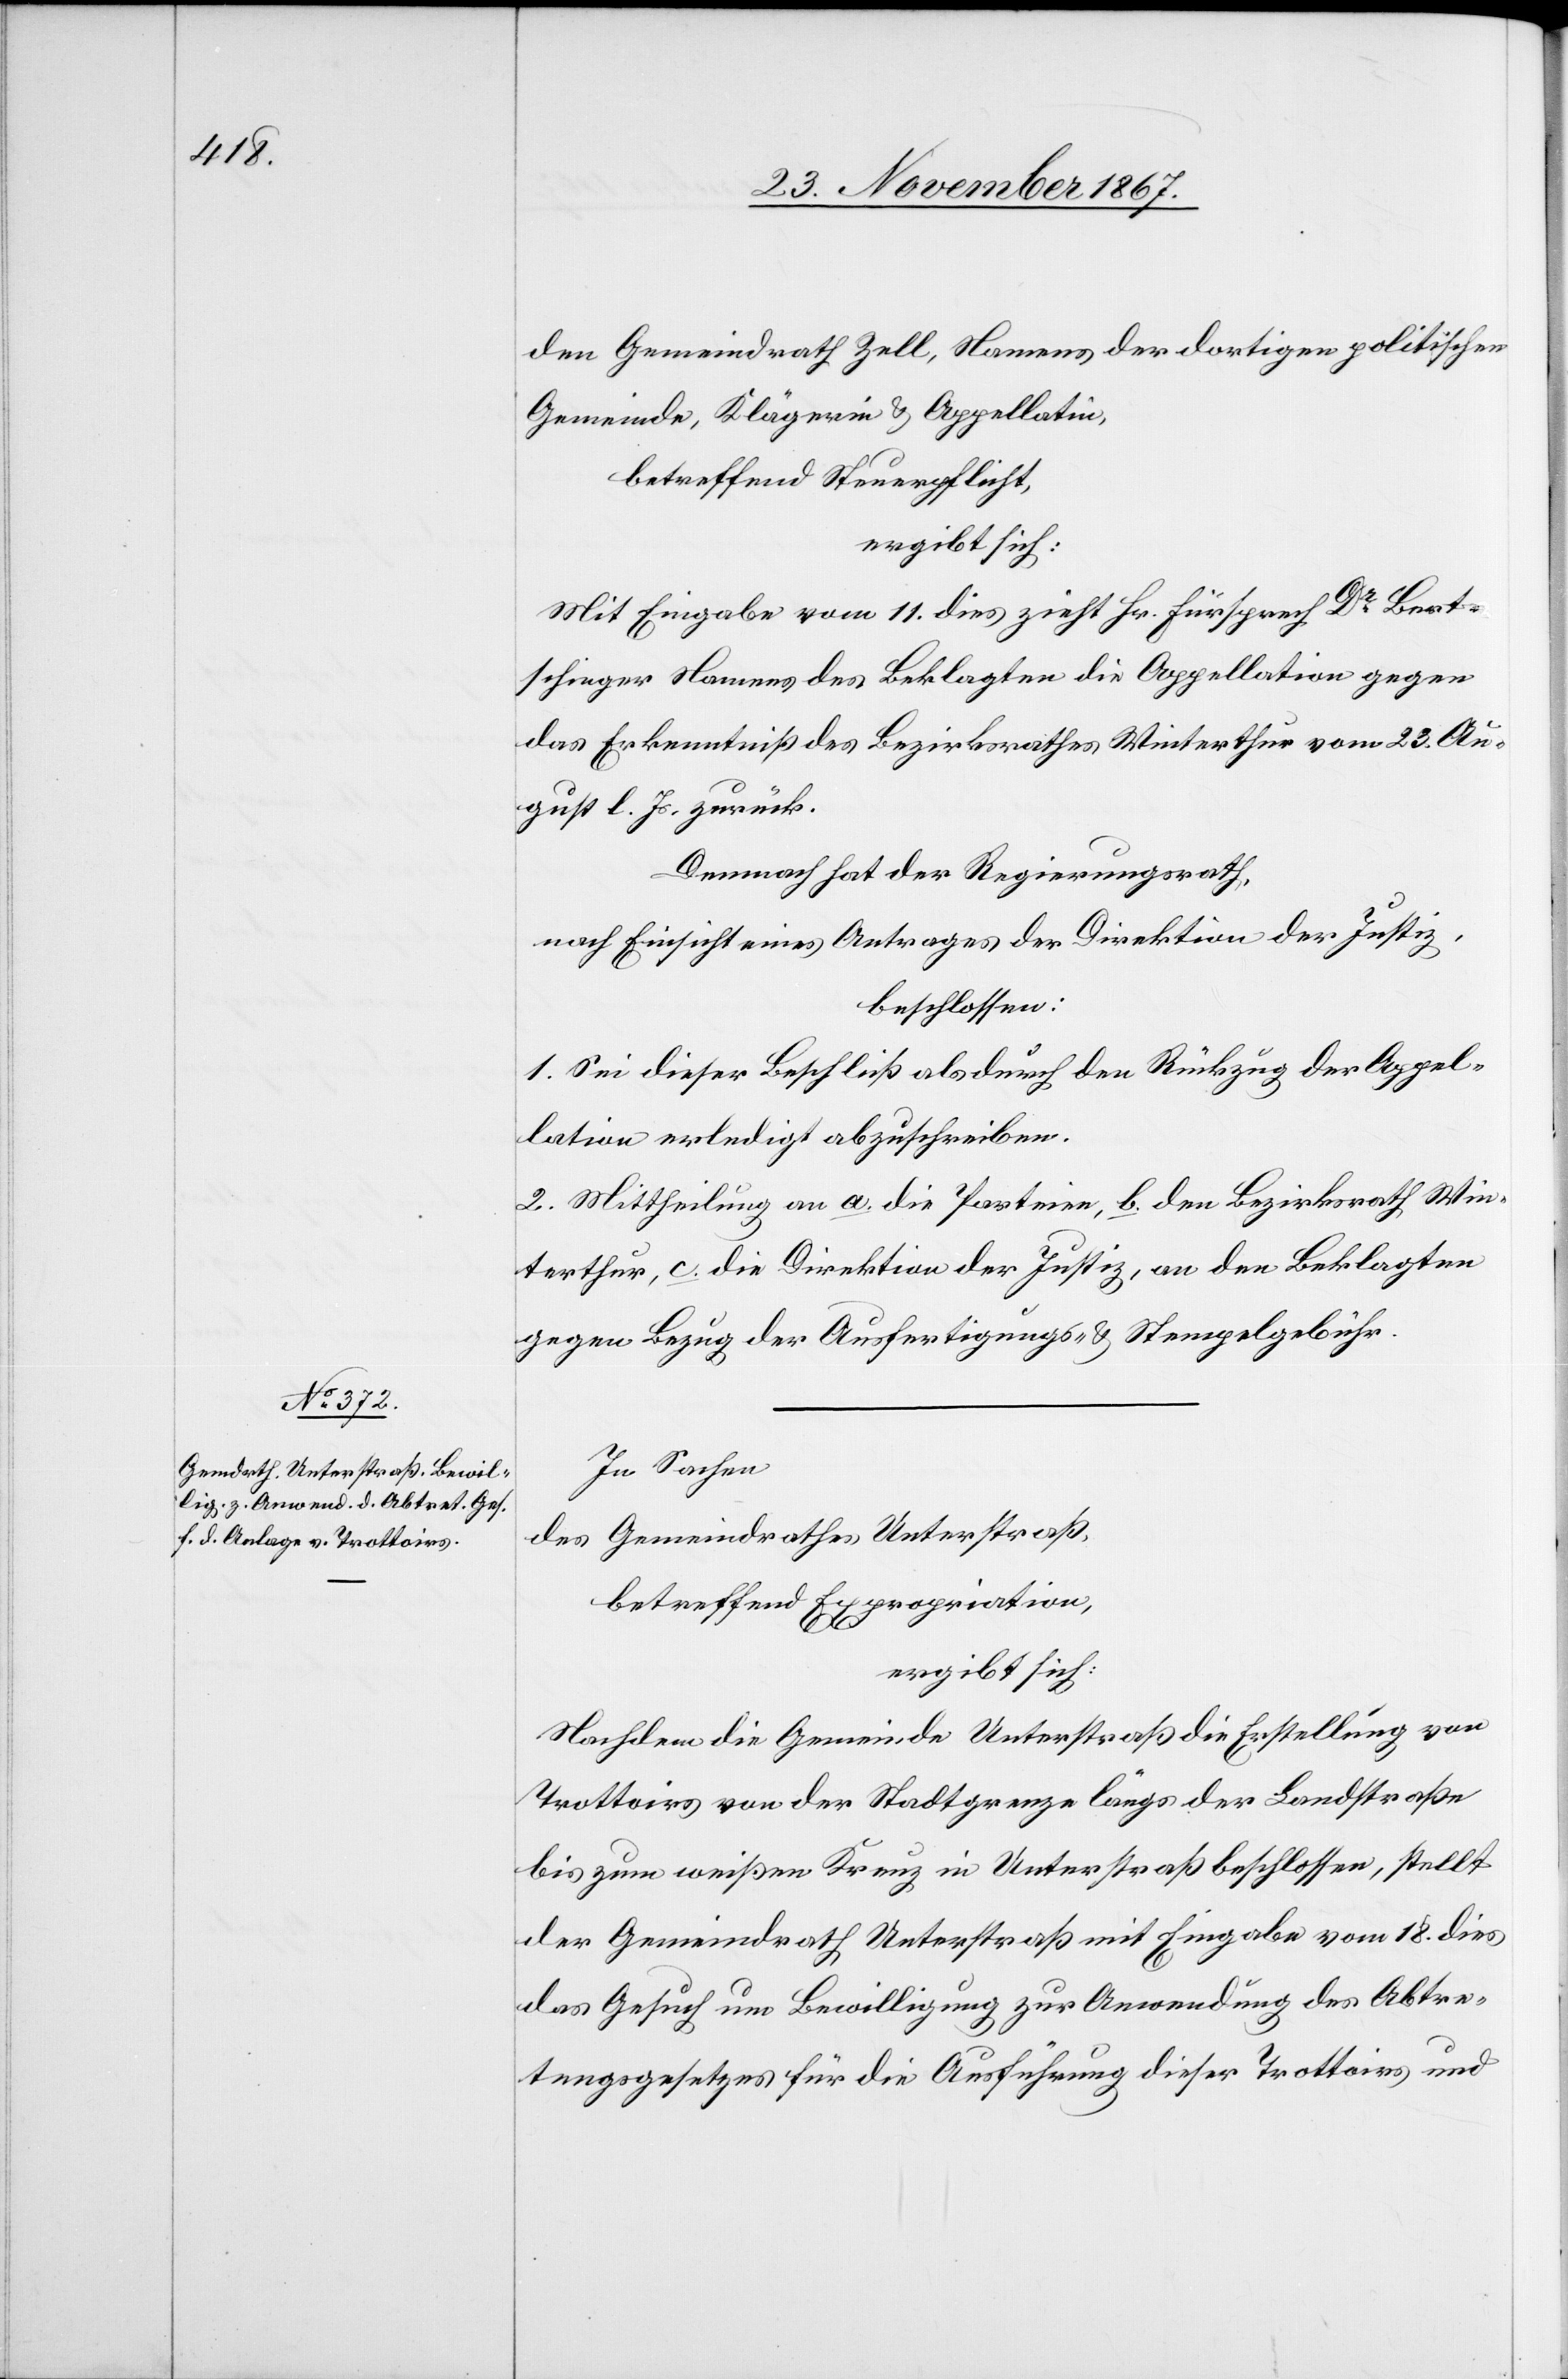
den Gemeindrath Zell, Namens der dortigen politischen
Gemeinde, Klägerin u. Appellatin,
betreffend Steuerpflicht,
ergibt sich:
Mit Eingabe vom 11. dies zieht Hr. Fürsprech Dr Bert¬
schinger Namens des Beklagten die Appellation gegen
das Erkenntniß des Bezirksrathes Winterthur vom 23. Au¬
gust l. Js. zurück.
Demnach hat der Regierungsrath,
nach Einsicht eines Antrages der Direktion der Justiz,
beschlossen:
1. Sei dieser Beschluß als durch den Rückzug der Appel¬
lation erledigt abzuschreiben.
2. Mittheilung an a. die Parteien, b. den Bezirksrath Win¬
terthur, c. die Direktion der Justiz, an den Beklagten
gegen Bezug der Ausfertigungs- u. Stempelgebühr.
In Sachen
des Gemeindrathes Unterstraß,
betreffend Expropriation,
ergibt sich:
Nachdem die Gemeinde Unterstraß die Erstellung von
Trottoirs von der Stadtgrenze längs der Landstraße
bis zum weißen Kreuz in Unterstraß beschlossen, stellt
der Gemeindrath Unterstraß mit Eingabe vom 18. dies
das Gesuch um Bewilligung zur Anwendung des Abtre¬
tungsgesetzes für die Ausführung dieser Trottoirs und